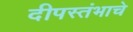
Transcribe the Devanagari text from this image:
दीपस्तंभाचे